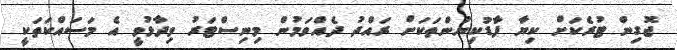
ޖޮގިން ޓުރެކަށް ކިޔާ ފާޑުކިޔުންތަކަށް ރައްދު ދެއްވަމުން މިނިސްޓަރު ވިދާޅުވީ އެ މަސައްކަތަކީ